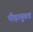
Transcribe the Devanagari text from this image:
पीड़ायुक्‍त